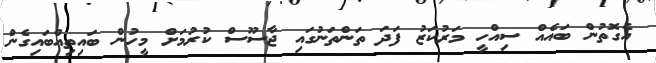
އެގޮތުން ބައެއް ސިއްހީ މަރުކަޒު ފަދަ ތަންތަނުގައި ޖާސޫސް ކުރުމަށް މީހުން ބައިތިއްބައިގެން